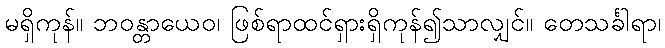
မရှိကုန်။ ဘဝန္တာယေဝ၊ ဖြစ်ရာထင်ရှားရှိကုန်၍သာလျှင်။ တေသင်္ခါရာ၊